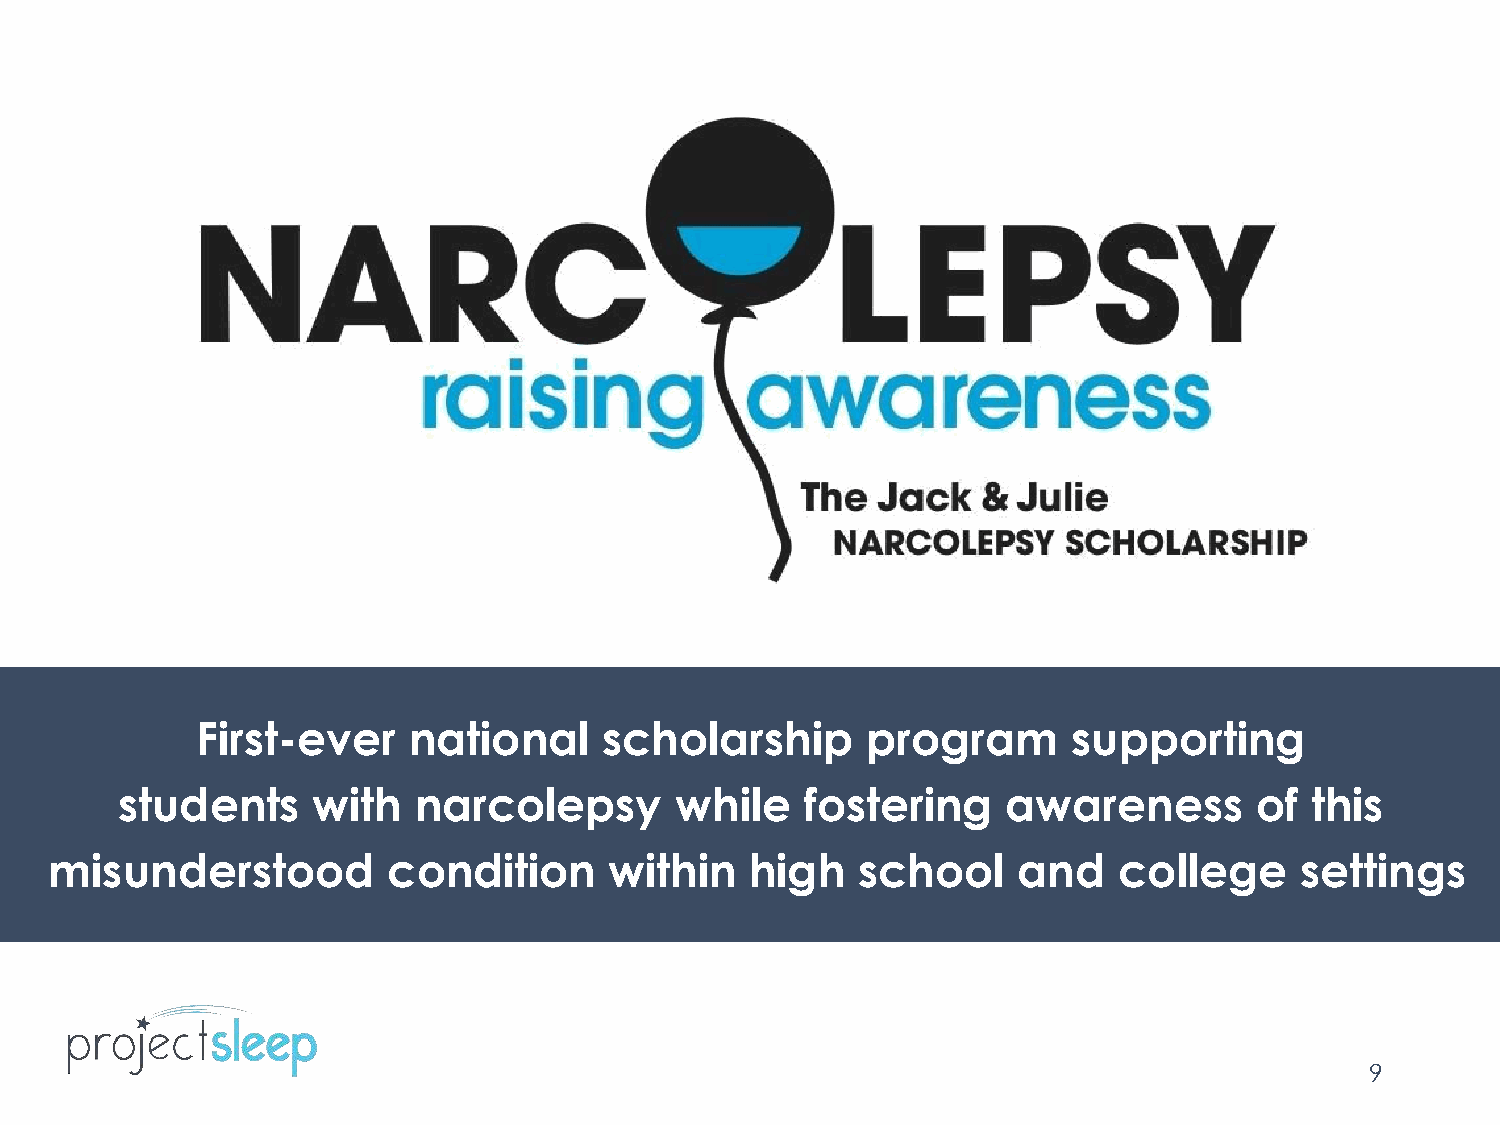
First-ever    national     scholarship      program       supporting
 students     with  narcolepsy        while   fostering     awareness       of  this
 misunderstood          condition     within    high   school    and    college     settings
 9